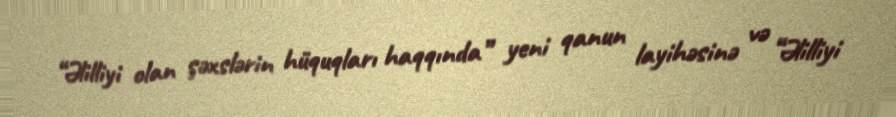
“Əlilliyi olan şəxslərin hüquqları haqqında” yeni qanun layihəsinə və “Əlilliyi